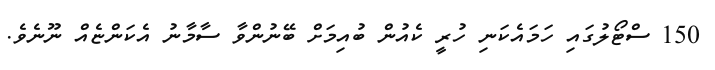
150 ސްޓޯލުގައި ހަމައެކަނި ހުރީ ކެއުން ބުއިމަށް ބޭނުންވާ ސާމާނު އެކަންޏެއް ނޫނެވެ.